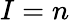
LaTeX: I=n